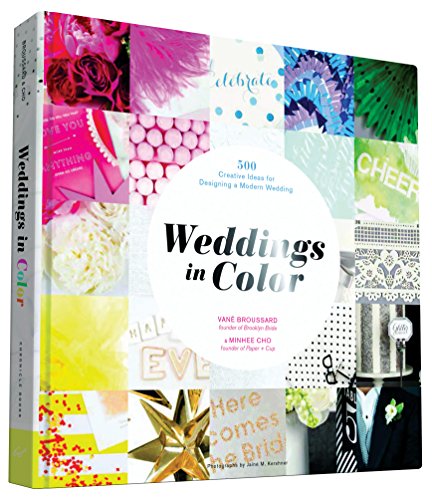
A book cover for Weddings in Color: 500 Creative Ideas for Designing a Modern Wedding; VanÃ© Broussard; Crafts, Hobbies & Home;